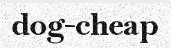
dog-cheap